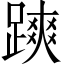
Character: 𨄷